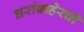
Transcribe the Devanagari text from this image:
घरांबाहेरची